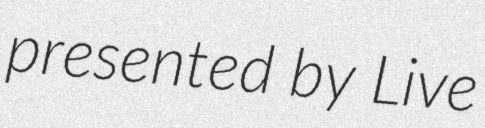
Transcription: presented by Live